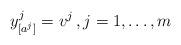
LaTeX: \begin{align*}y_{[a^{j}]}^{j}=v^{j}\,,j=1,\ldots,m\end{align*}